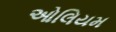
ઓલિયમ